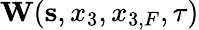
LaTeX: {\mathbf W}({\mathbf s},x_{3},x_{3,F},\tau)